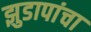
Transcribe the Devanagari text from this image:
झुडापांचा